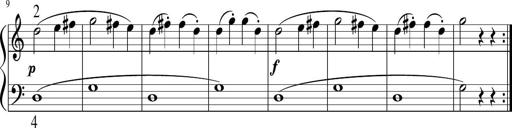
Title: 6 Instructive Sonatinas
Composer: Jacob Schmitt